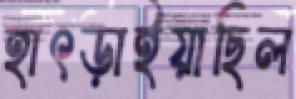
হাৎড়াইয়াছিল